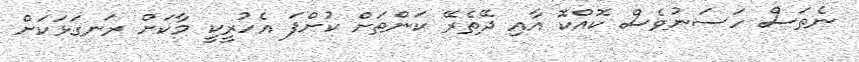
ނެތަސް ހަސަނުވެސް ކޮއްކޮ އާއި ދޭތެރޭ ކަންތަށް ކުށްފަ އެހުރީކީ މާކަށް ރަނގަޅަކަށް